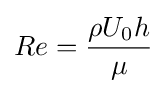
Re={\frac {\rho U_{0}h}{\mu }}